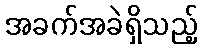
အခက်အခဲရှိသည့်